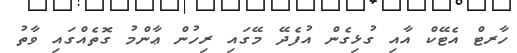
ހާރޓް އެޓޭކް އާއި ގުޅިގެން އުފެދޭ މޭގައި ރިހުން ޢާންމު ގޮތެއްގައި ވާތު